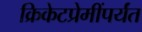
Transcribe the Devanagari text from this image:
क्रिकेटप्रेमींपर्यंत